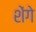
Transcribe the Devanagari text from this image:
शेंगे